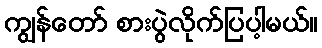
ကျွန်တော် စားပွဲလိုက်ပြပါ့မယ်။